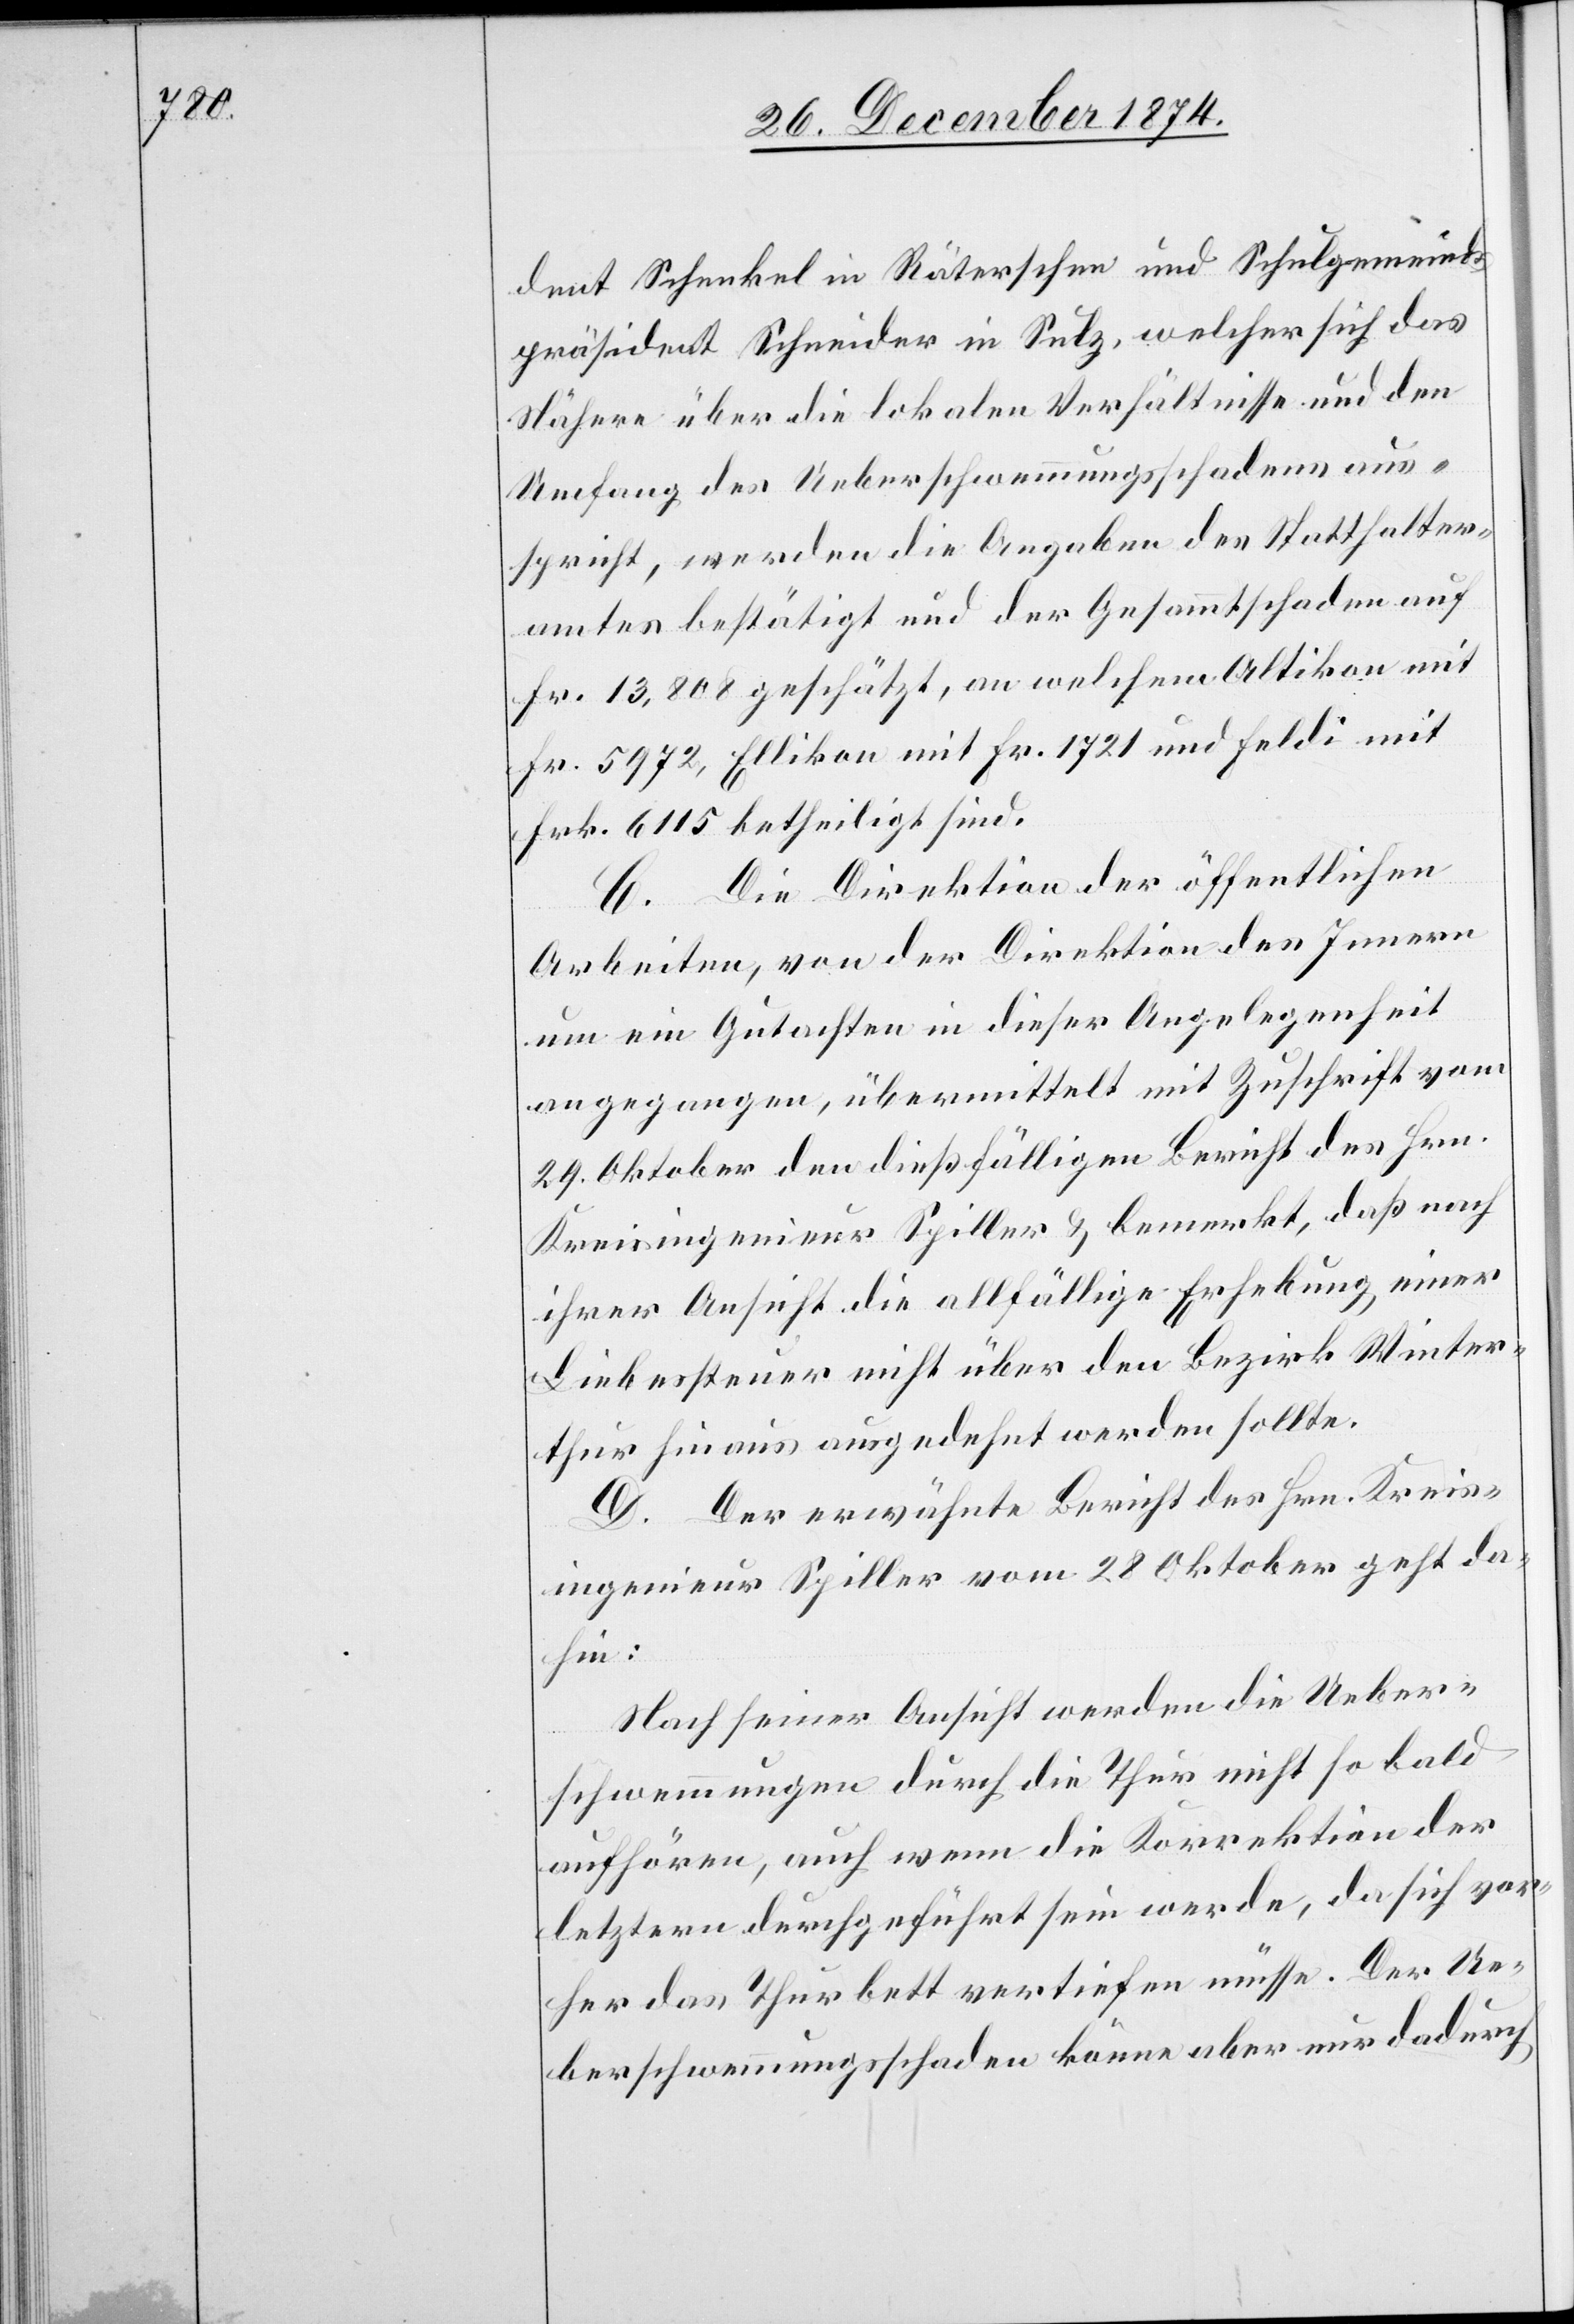
dent Schenkel in Räterschen und Schulgemeinds¬
präsident Schneider in Sulz, welcher sich das
Nähere über die lokalen Verhältnisse und den
Umfang des Ueberschwemmungsschadens aus¬
spricht, werden die Angaben des Statthalter¬
amtes bestätigt und der Gesammtschaden auf
Fr. 13,808 geschätzt, an welchem Altikon mit
Fr. 5972, Ellikon mit Fr. 1721 und Feldi mit
Frk. 6115 betheiligt sind.
C. Die Direktion der öffentlichen
Arbeiten, von der Direktion des Innern
um ein Gutachten in dieser Angelegenheit
angegangen, übermittelt mit Zuschrift vom
29. Oktober den dießfälligen Bericht des Hrn.
Kreisingenieur Spiller & bemerkt, daß nach
ihrer Ansicht die allfällige Erhebung einer
Liebessteuer nicht über den Bezirk Winter¬
thur hinaus ausgedehnt werden sollte.
D. Der erwähnte Bericht des Hrn. Kreis¬
ingenieur Spiller vom 28. Oktober geht da¬
hin:
Nach seiner Ansicht werden die Ueber¬
schwemmungen durch die Thur nicht so bald
aufhören, auch wenn die Korrektion der
letztern durchgeführt sein werde, da sich vor¬
her das Thurbett vertiefen müsse. Der Ue¬
berschwemmungsschaden könne aber nur dadurch